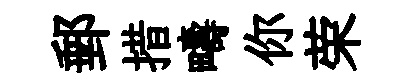
郵措疇你荣